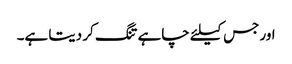
اور جس کیلئے چاہے تنگ کر دیتا ہے۔